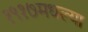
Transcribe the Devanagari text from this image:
१९१७मधल्या